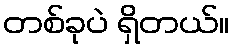
တစ်ခုပဲ ရှိတယ်။